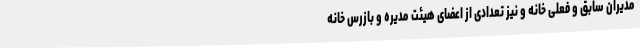
مدیران سابق و فعلی خانه و نیز تعدادی از اعضای هیئت مدیره و بازرس خانه